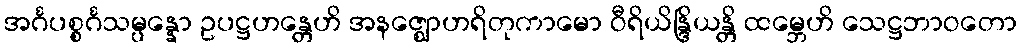
အင်္ဂပစ္စင်္ဂသမ္ပန္နော ဥပဋ္ဌဟန္တေဟိ အနဇ္ဈောဟရိတုကာမော ဝီရိယိန္ဒြိယန္တိ ထမ္ဘေဟိ သေဋ္ဌဘာဝတော